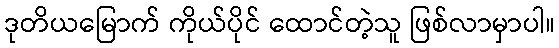
ဒုတိယမြောက် ကိုယ်ပိုင် ထောင်တဲ့သူ ဖြစ်လာမှာပါ။